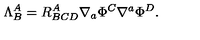
\Lambda _ { B } ^ { A } = R _ { B C D } ^ { A } \nabla _ { a } \Phi ^ { C } \nabla ^ { a } \Phi ^ { D } .